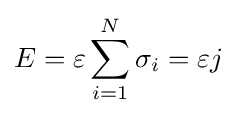
E=\varepsilon \sum _{i=1}^{N}\sigma _{i}=\varepsilon j